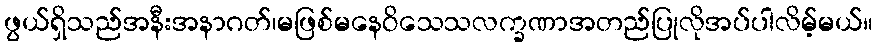
ဖွယ်ရှိသည်အနီးအနာဂတ်၊မဖြစ်မနေဝိသေသလက္ခဏာအတည်ပြုလိုအပ်ပါလိမ့်မယ်။